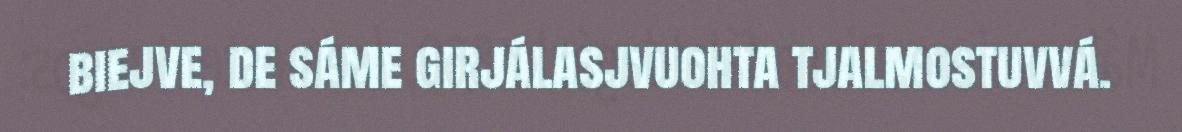
biejve, de sáme girjálasjvuohta tjalmostuvvá.